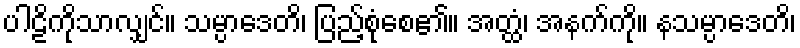
ပါဠိကိုသာလျှင်။ သမ္ပာဒေတိ၊ ပြည့်စုံစေ၏။ အတ္ထံ၊ အနက်ကို။ နသမ္ပာဒေတိ၊